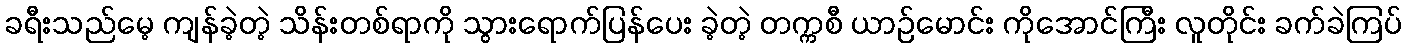
ခရီးသည်မေ့ ကျန်ခဲ့တဲ့ သိန်းတစ်ရာကို သွားရောက်ပြန်ပေး ခဲ့တဲ့ တက္ကစီ ယာဉ်မောင်း ကိုအောင်ကြီး လူတိုင်း ခက်ခဲကြပ်